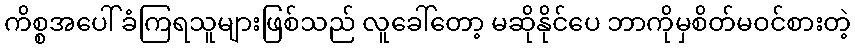
ကိစ္စအပေါ် ခံကြရသူများဖြစ်သည် လူခေါ်တော့ မဆိုနိုင်ပေ ဘာကိုမှစိတ်မဝင်စားတဲ့